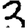
Digit: 3